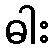
ဓါး